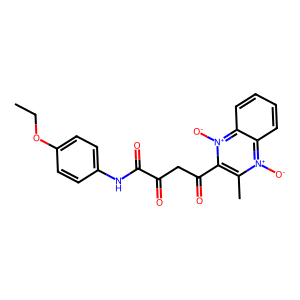
SMILES: CCOc1ccc(NC(=O)C(=O)CC(=O)c2c(C)[n+]([O-])c3ccccc3[n+]2[O-])cc1
Inhibits HIV replication: No